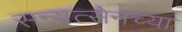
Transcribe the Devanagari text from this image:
सन्यत्सेनच्या